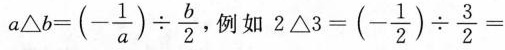
$$a \bigtriangleup b=(- \frac{1}{a})\div \frac{b}{2},$$ 例如 $$2 \bigtriangleup 3=(- \frac{1}{2})\div \frac{3}{2}=